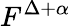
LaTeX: F^{\Delta+\alpha}